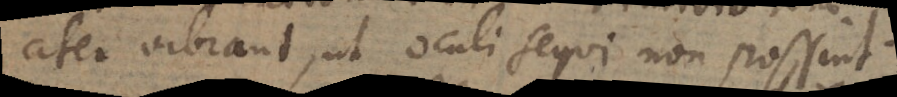
citer vibrant, ut oculi sequi non possint.